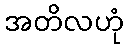
အတိလဟုံ